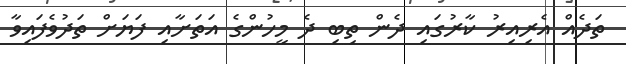
ތަދެއް އެރިއިރު ކާރުގައި ދެން ތިބި ދެ މީހުންގެ އަތަށާއި ފަޔަށް ތަދުވެފައިވާ